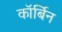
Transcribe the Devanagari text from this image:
कॉर्बिन